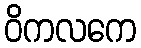
ဝိကလကေ